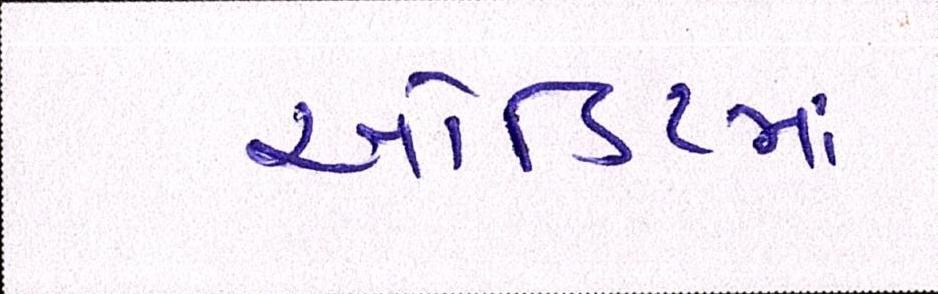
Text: ઓડિટમાં